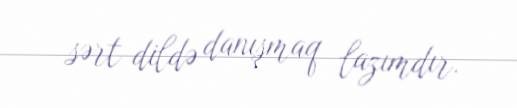
sərt dildə danışmaq lazımdır.